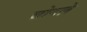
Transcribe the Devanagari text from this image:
चोगले